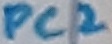
Text: PC2